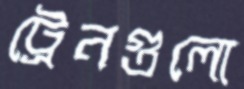
ট্রেনগুলো